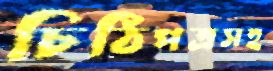
চিঠিপত্রসহ